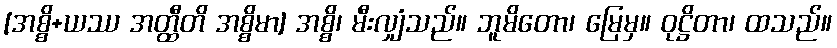
[အစ္စိ+ယဿ အတ္ထီတိ အစ္စိမာ] အစ္စိ၊ မီးလျှံသည်။ ဘူမိတော၊ မြေမှ။ ဝုဋ္ဌိတာ၊ ထသည်။